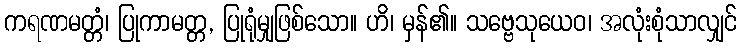
ကရဏမတ္တံ၊ ပြုကာမတ္တ, ပြုရုံမျှဖြစ်သော။ ဟိ၊ မှန်၏။ သဗ္ဗေသုယေဝ၊ အလုံးစုံသာလျှင်